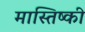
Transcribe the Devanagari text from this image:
मास्तिष्की